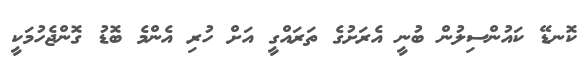
ކޮނޑޭ ކައުންސިލުން ބުނީ އެރަށުގެ ތަރައްގީ އަށް ހުރި އެންމެ ބޮޑު ގޮންޖެހުމަކީ